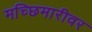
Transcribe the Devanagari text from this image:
मच्छिमारीवर